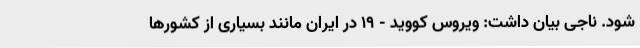
شود. ناجی بیان داشت: ویروس کووید - ۱۹ در ایران مانند بسیاری از کشورها